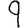
Digit: 9